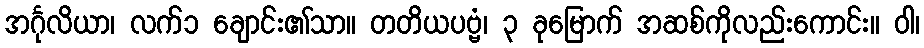
အင်္ဂုလိယာ၊ လက်၁ ချောင်း၏သာ။ တတိယပဗ္ဗံ၊ ၃ ခုမြောက် အဆစ်ကိုလည်းကောင်း။ ဝါ၊